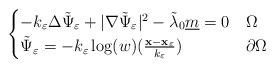
LaTeX: \begin{align*}\begin{cases}- k_{\varepsilon} \Delta \tilde{\Psi}_{\varepsilon} + |\nabla \tilde{\Psi}_{\varepsilon}|^2 - \tilde{\lambda}_0 \underline{m} = 0 & \Omega \\\tilde{\Psi}_{\varepsilon} = -k_{\varepsilon} \log(w)(\frac{\mathbf{x}-\mathbf{x}_{\varepsilon}}{k_{\varepsilon}}) & \partial\Omega\end{cases}\end{align*}